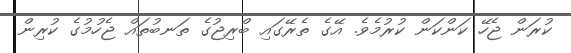
ކުރަން ޖެހޭ ކަންކަން ކުރުމެވެ. އޭގެ ތެރޭގައި ބްރިޖުގެ ތަނބުތައް ޖެހުމުގެ ކުރިން